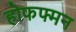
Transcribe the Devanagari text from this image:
होफफ्मन